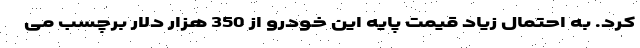
کرد. به احتمال زیاد قیمت پایه این خودرو از 350 هزار دلار برچسب می